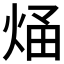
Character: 𭴶